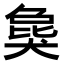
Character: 𤟭